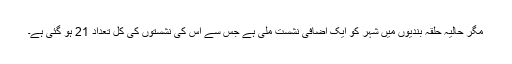
مگر حالیہ حلقہ بندیوں میں شہر کو ایک اضافی نشست ملی ہے جس سے اس کی نشستوں کی کل تعداد 21 ہو گئی ہے۔